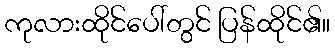
ကုလားထိုင်ပေါ်တွင် ပြန်ထိုင်၏။